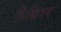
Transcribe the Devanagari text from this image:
सिद्धित्रय